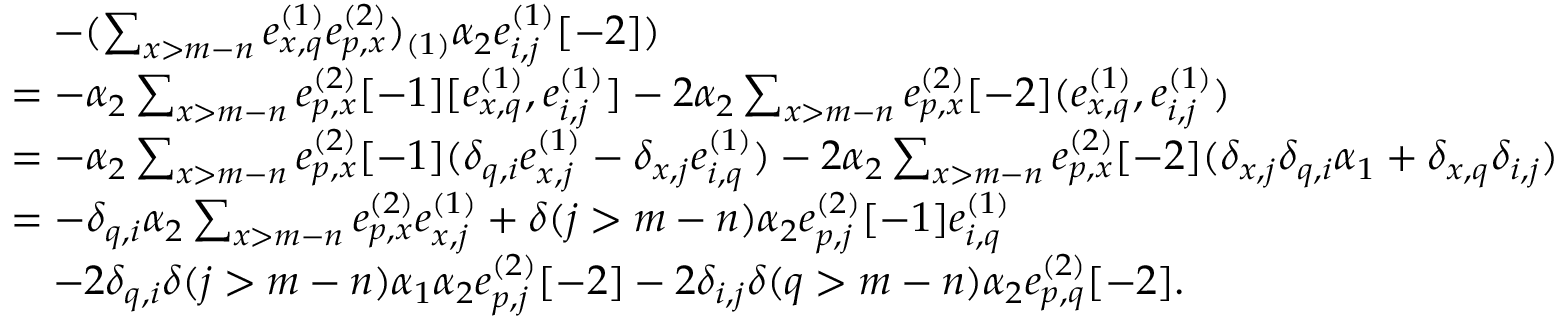
\begin{array} { r l } & { \quad - ( \sum _ { x > m - n } e _ { x , q } ^ { ( 1 ) } e _ { p , x } ^ { ( 2 ) } ) _ { ( 1 ) } \alpha _ { 2 } e _ { i , j } ^ { ( 1 ) } [ - 2 ] ) } \\ & { = - \alpha _ { 2 } \sum _ { x > m - n } e _ { p , x } ^ { ( 2 ) } [ - 1 ] [ e _ { x , q } ^ { ( 1 ) } , e _ { i , j } ^ { ( 1 ) } ] - 2 \alpha _ { 2 } \sum _ { x > m - n } e _ { p , x } ^ { ( 2 ) } [ - 2 ] ( e _ { x , q } ^ { ( 1 ) } , e _ { i , j } ^ { ( 1 ) } ) } \\ & { = - \alpha _ { 2 } \sum _ { x > m - n } e _ { p , x } ^ { ( 2 ) } [ - 1 ] ( \delta _ { q , i } e _ { x , j } ^ { ( 1 ) } - \delta _ { x , j } e _ { i , q } ^ { ( 1 ) } ) - 2 \alpha _ { 2 } \sum _ { x > m - n } e _ { p , x } ^ { ( 2 ) } [ - 2 ] ( \delta _ { x , j } \delta _ { q , i } \alpha _ { 1 } + \delta _ { x , q } \delta _ { i , j } ) } \\ & { = - \delta _ { q , i } \alpha _ { 2 } \sum _ { x > m - n } e _ { p , x } ^ { ( 2 ) } e _ { x , j } ^ { ( 1 ) } + \delta ( j > m - n ) \alpha _ { 2 } e _ { p , j } ^ { ( 2 ) } [ - 1 ] e _ { i , q } ^ { ( 1 ) } } \\ & { \quad - 2 \delta _ { q , i } \delta ( j > m - n ) \alpha _ { 1 } \alpha _ { 2 } e _ { p , j } ^ { ( 2 ) } [ - 2 ] - 2 \delta _ { i , j } \delta ( q > m - n ) \alpha _ { 2 } e _ { p , q } ^ { ( 2 ) } [ - 2 ] . } \end{array}